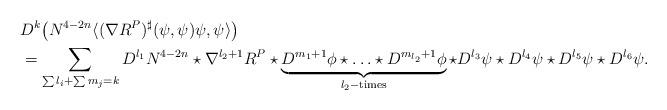
LaTeX: \begin{align*}&D^k\big(N^{4-2n}\langle(\nabla R^P)^\sharp(\psi,\psi)\psi,\psi\rangle\big)\\&=\sum_{\sum l_i+\sum {m_j}=k} D^{l_1}N^{4-2n}\star \nabla^{l_2+1}R^P\star\underbrace{D^{m_1+1}\phi\star\ldots\star D^{m_{l_2}+1}\phi}_{l_2-\textrm{times}}\star D^{l_3}\psi\star D^{l_4}\psi\star D^{l_5}\psi\star D^{l_6}\psi.\end{align*}